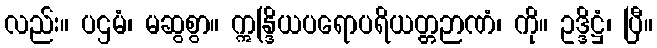
လည်း။ ပဌမံ၊ မဆွစွာ။ ဣန္ဒြိယပရောပရိယတ္တဉာဏံ၊ ကို။ ဥဒ္ဒိဋ္ဌံ၊ ပြီ။